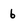
Character: 6